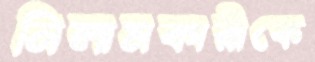
নিলামকারীকে